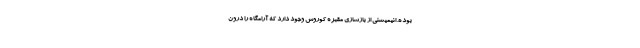
بوده. انیمیشنی از بازسازی مقبره کوروش وجود دارد که آرامگاه را درون